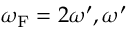
\omega _ { \mathrm { { F } } } = 2 \omega ^ { \prime } , \omega ^ { \prime }